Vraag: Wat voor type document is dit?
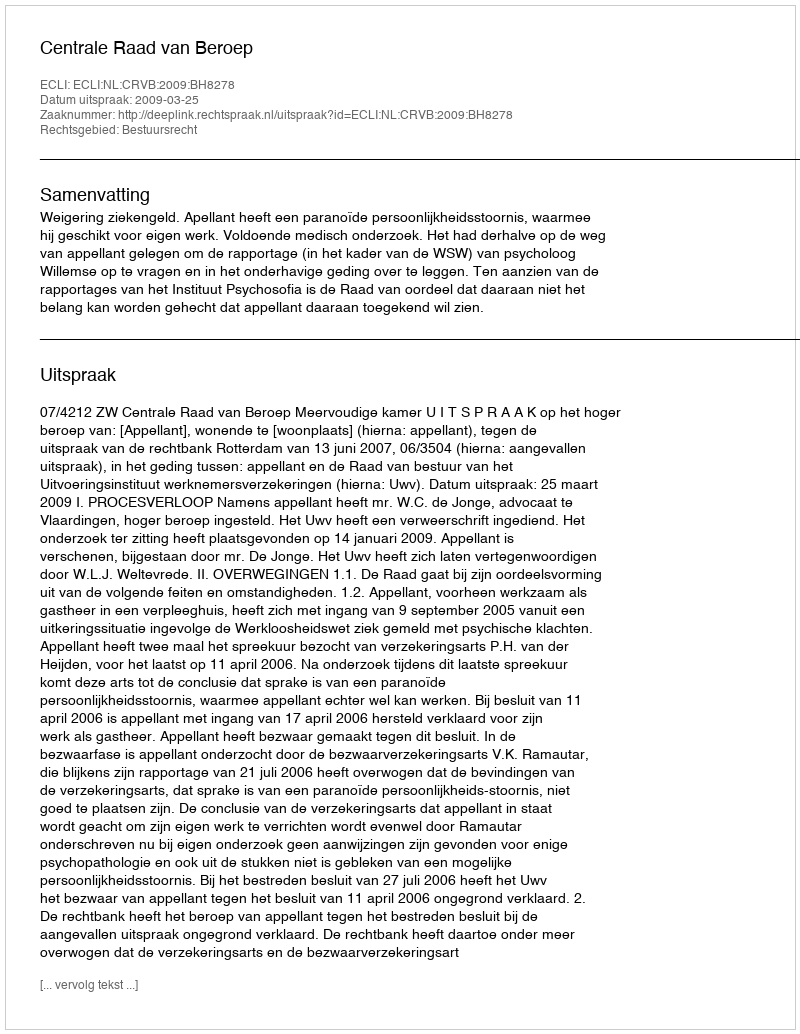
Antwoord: Uitspraak